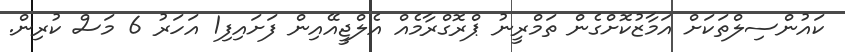
ކައުންސިލްތަކަށް އަމާޒުކޮށްގެން ތަމްރީނު ޕްރޮގްރާމެއް އެލްޖީއޭއިން ފަށައިފި1 އަހަރު 6 މަސް ކުރިން.